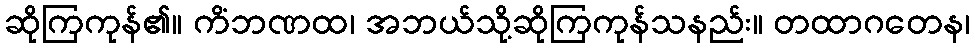
ဆိုကြကုန်၏။ ကိံဘဏထ၊ အဘယ်သို့ဆိုကြကုန်သနည်း။ တထာဂတေန၊